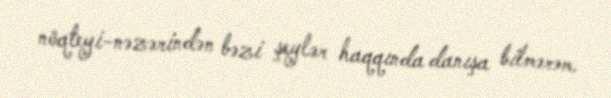
nöqteyi-nəzərindən bəzi şeylər haqqında danışa bilmərəm.